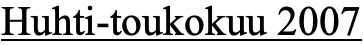
Huhti-toukokuu 2007